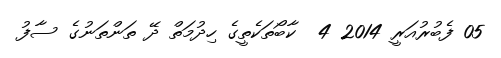
05 ފެބުރުއަރީ 2014 4  ކާބޯތަކެތީގެ ހިދުމަތް ދޭ ތަންތަނުގެ ސާފު